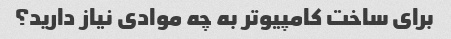
برای ساخت کامپیوتر به چه موادی نیاز دارید؟